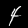
Label: 4